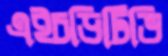
এইচডিটিভি